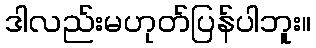
ဒါလည်းမဟုတ်ပြန်ပါဘူး။